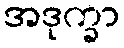
အဒုက္ခာ